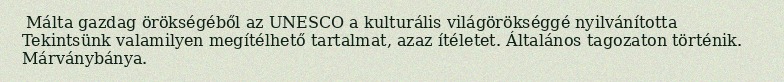
Málta gazdag örökségéből az UNESCO a kulturális világörökséggé nyilvánította Tekintsünk valamilyen megítélhető tartalmat, azaz ítéletet. Általános tagozaton történik. Márványbánya.